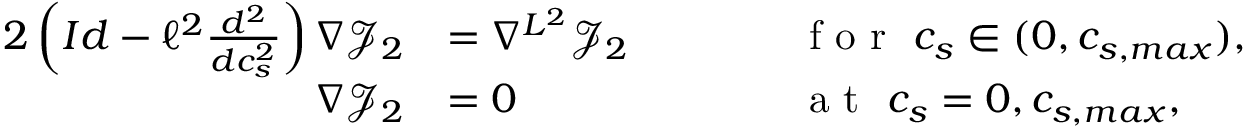
\begin{array} { r l r l } { { 2 } \left( I d - \ell ^ { 2 } \frac { d ^ { 2 } } { d c _ { s } ^ { 2 } } \right) \nabla \mathcal { J } _ { 2 } } & { = \nabla ^ { L ^ { 2 } } \mathcal { \mathcal { J } } _ { 2 } } & { \qquad } & { \textrm { f o r } \ c _ { s } \in ( 0 , c _ { s , m a x } ) , } \\ { \nabla { \mathcal { J } } _ { 2 } } & { = 0 } & { \qquad } & { \textrm { a t } \ c _ { s } = 0 , c _ { s , m a x } , } \end{array}